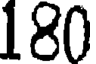
180